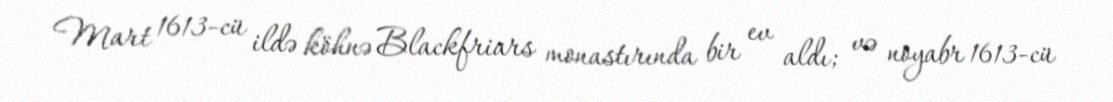
Mart 1613-cü ildə köhnə Blackfriars monastırında bir ev aldı; və noyabr 1613-cü